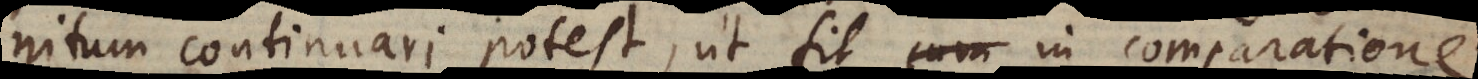
nitum continuari potest, ut fit in comparatione